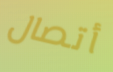
أتصال